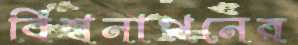
বিশ্বনাথনের